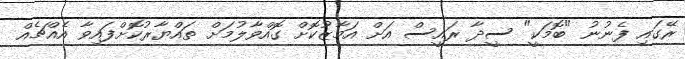
ރޭގައި ފެނުނު "ބޮމަކީ" ސީދާ ރައީސް އަށް އަމާޒުކޮށް ގޮއްވާލުމަށް ތައްޔާރުކޮށްފައިވާ އެއްޗެއް